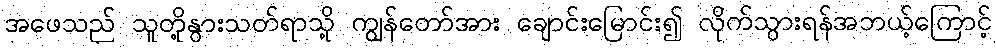
အဖေသည် သူတို့နွားသတ်ရာသို့ ကျွန်တော်အား ချောင်းမြောင်း၍ လိုက်သွားရန်အဘယ့်ကြောင့်